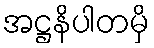
အဋ္ဌနိပါတမှိ